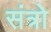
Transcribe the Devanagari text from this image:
संत्रो